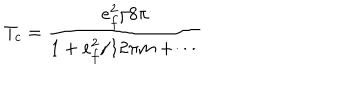
T _ { c } = \frac { e _ { f } ^ { 2 } / 8 \pi } { 1 + e _ { f } ^ { 2 } / 1 2 \pi m + \cdots }